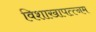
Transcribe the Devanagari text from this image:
विशाखापत्त्नम